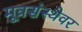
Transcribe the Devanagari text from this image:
मूत्रसंस्थेवर